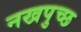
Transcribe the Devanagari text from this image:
नखपुच्छ